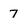
Character: 7